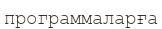
программаларға